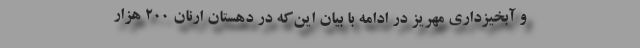
و آبخیزداری مهریز در ادامه با بیان این‌که در دهستان ارنان ۲۰۰ هزار